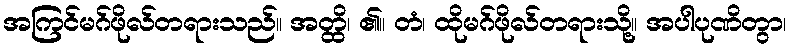
အကြင်မဂ်ဖိုလ်တရားသည်။ အတ္ထိ၊ ၏။ တံ၊ ထိုမဂ်ဖိုလ်တရားသို့။ အပါပုဏိတွာ၊